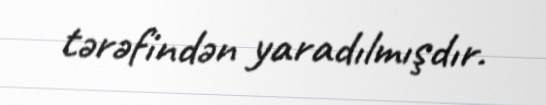
tərəfindən yaradılmışdır.